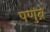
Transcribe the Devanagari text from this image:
पणुंब्रे